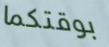
بوقتكما